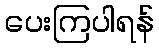
ပေးကြပါရန်